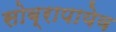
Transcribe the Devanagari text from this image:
सोब्रापायेव